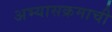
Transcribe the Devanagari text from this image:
अभ्‍यासक्रमाची